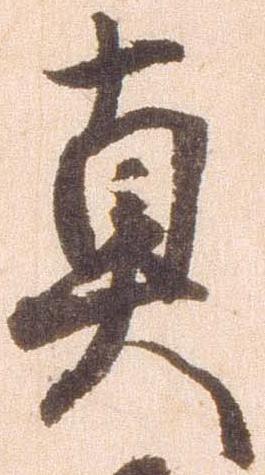
真